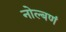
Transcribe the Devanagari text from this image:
नोल्बणं